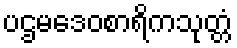
ပဌမဒေဝစာရိကသုတ္တံ